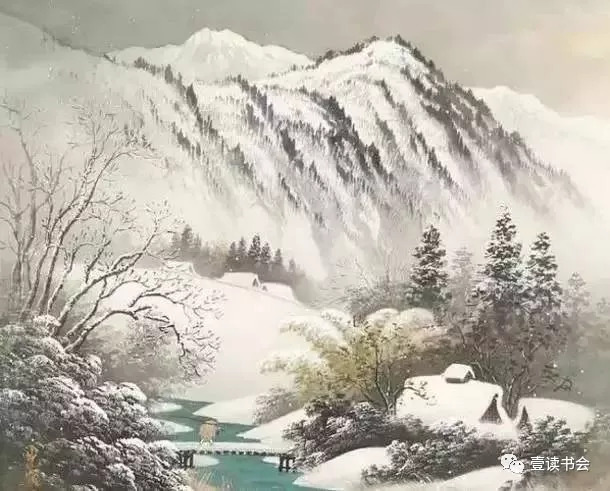
故人江海别，几度隔山川。